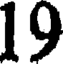
19